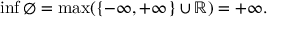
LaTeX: \operatorname* { i n f } \varnothing = \operatorname* { m a x } ( \{ - \infty , + \infty \} \cup \mathbb { R } ) = + \infty .